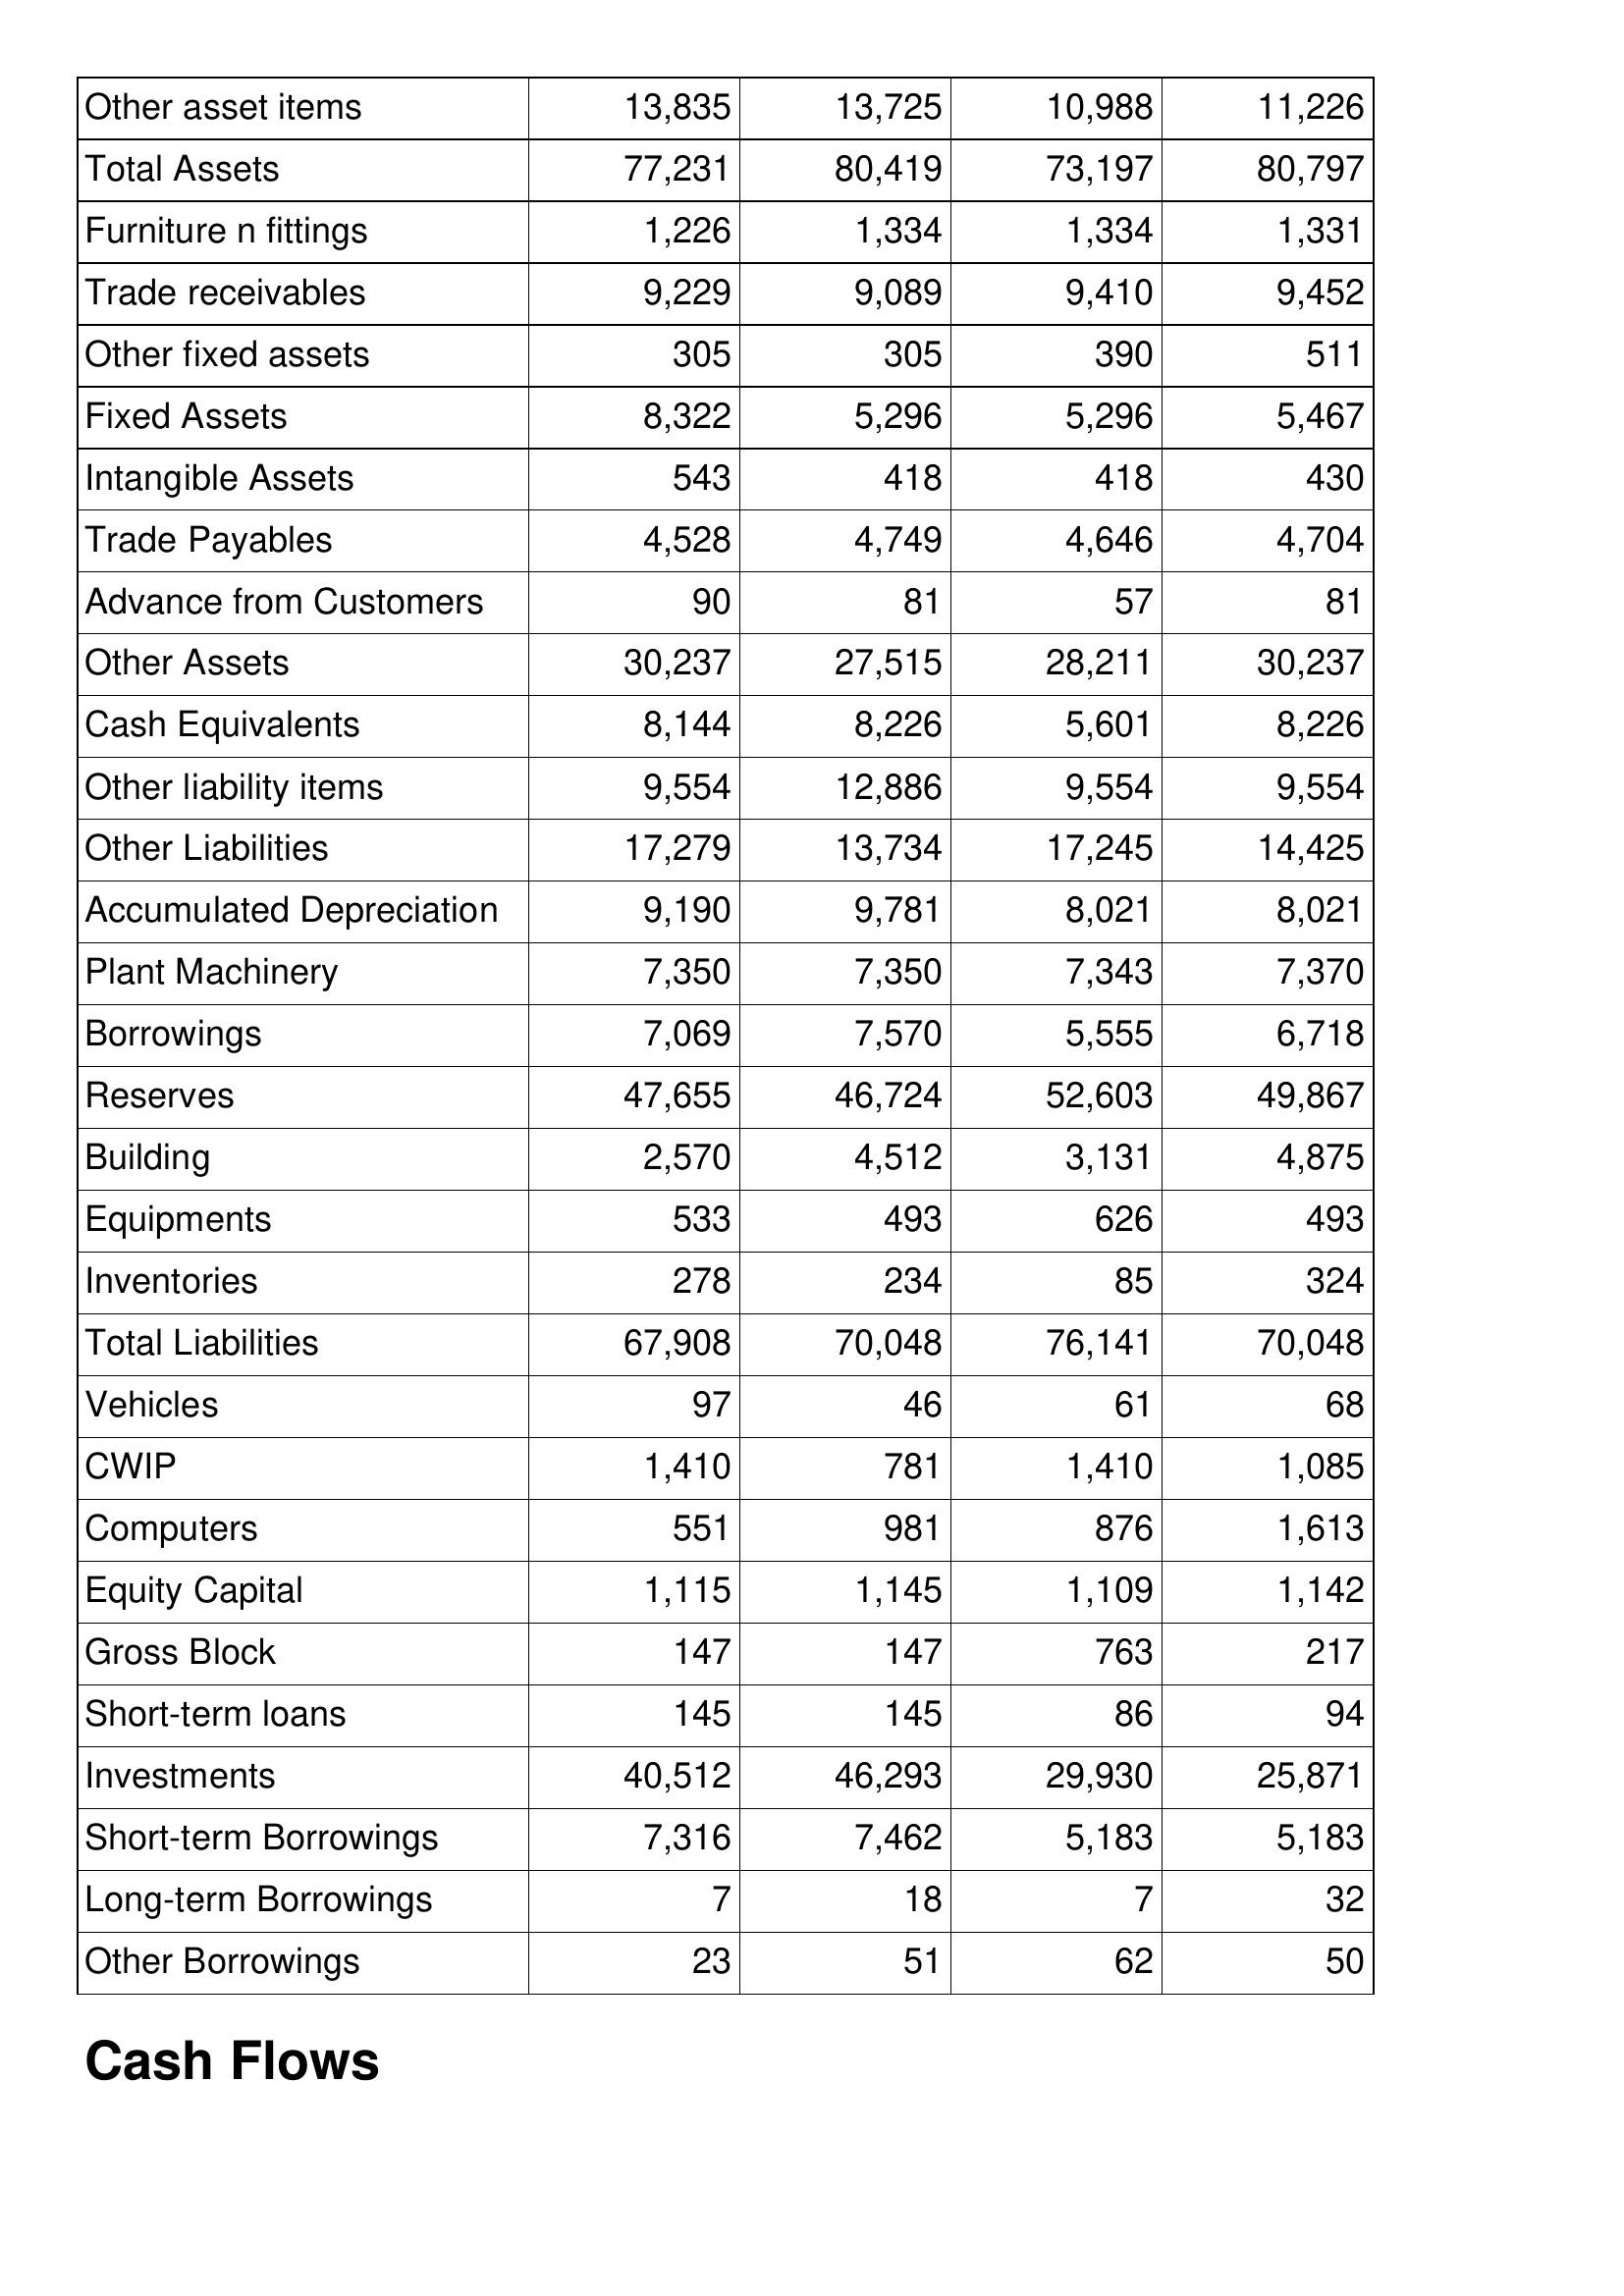
Mar-13: Balance Sheet: Other asset items: 13,835
Total Assets: 77,231
Furniture n fittings: 1,226
Trade receivables: 9,229
Other fixed assets: 305
Fixed Assets: 8,322
Intangible Assets: 543
Trade Payables: 4,528
Advance from Customers: 90
Other Assets: 30,237
Cash Equivalents: 8,144
Other liability items: 9,554
Other Liabilities: 17,279
Accumulated Depreciation: 9,190
Plant Machinery: 7,350
Borrowings: 7,069
Reserves: 47,655
Building: 2,570
Equipments: 533
Inventories: 278
Total Liabilities: 67,908
Vehicles: 97
CWIP: 1,410
Computers: 551
Equity Capital: 1,115
Gross Block: 147
Short-term loans: 145
Investments: 40,512
Short-term Borrowings: 7,316
Long-term Borrowings: 7
Other Borrowings: 23
Mar-12: Balance Sheet: Other asset items: 13,725
Total Assets: 80,419
Furniture n fittings: 1,334
Trade receivables: 9,089
Other fixed assets: 305
Fixed Assets: 5,296
Intangible Assets: 418
Trade Payables: 4,749
Advance from Customers: 81
Other Assets: 27,515
Cash Equivalents: 8,226
Other liability items: 12,886
Other Liabilities: 13,734
Accumulated Depreciation: 9,781
Plant Machinery: 7,350
Borrowings: 7,570
Reserves: 46,724
Building: 4,512
Equipments: 493
Inventories: 234
Total Liabilities: 70,048
Vehicles: 46
CWIP: 781
Computers: 981
Equity Capital: 1,145
Gross Block: 147
Short-term loans: 145
Investments: 46,293
Short-term Borrowings: 7,462
Long-term Borrowings: 18
Other Borrowings: 51
Mar-11: Balance Sheet: Other asset items: 10,988
Total Assets: 73,197
Furniture n fittings: 1,334
Trade receivables: 9,410
Other fixed assets: 390
Fixed Assets: 5,296
Intangible Assets: 418
Trade Payables: 4,646
Advance from Customers: 57
Other Assets: 28,211
Cash Equivalents: 5,601
Other liability items: 9,554
Other Liabilities: 17,245
Accumulated Depreciation: 8,021
Plant Machinery: 7,343
Borrowings: 5,555
Reserves: 52,603
Building: 3,131
Equipments: 626
Inventories: 85
Total Liabilities: 76,141
Vehicles: 61
CWIP: 1,410
Computers: 876
Equity Capital: 1,109
Gross Block: 763
Short-term loans: 86
Investments: 29,930
Short-term Borrowings: 5,183
Long-term Borrowings: 7
Other Borrowings: 62
Mar-10: Balance Sheet: Other asset items: 11,226
Total Assets: 80,797
Furniture n fittings: 1,331
Trade receivables: 9,452
Other fixed assets: 511
Fixed Assets: 5,467
Intangible Assets: 430
Trade Payables: 4,704
Advance from Customers: 81
Other Assets: 30,237
Cash Equivalents: 8,226
Other liability items: 9,554
Other Liabilities: 14,425
Accumulated Depreciation: 8,021
Plant Machinery: 7,370
Borrowings: 6,718
Reserves: 49,867
Building: 4,875
Equipments: 493
Inventories: 324
Total Liabilities: 70,048
Vehicles: 68
CWIP: 1,085
Computers: 1,613
Equity Capital: 1,142
Gross Block: 217
Short-term loans: 94
Investments: 25,871
Short-term Borrowings: 5,183
Long-term Borrowings: 32
Other Borrowings: 50